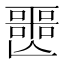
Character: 𡂤